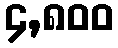
၄,၈၀၀